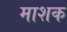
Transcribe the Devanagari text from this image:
माशक